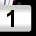
Digit: 1